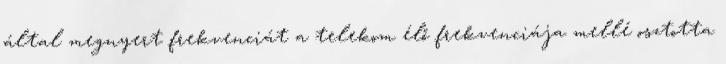
által megnyert frekvenciát a telekom élő frekvenciája mellé osztotta